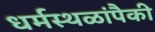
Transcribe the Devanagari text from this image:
धर्मस्थळांपैकी